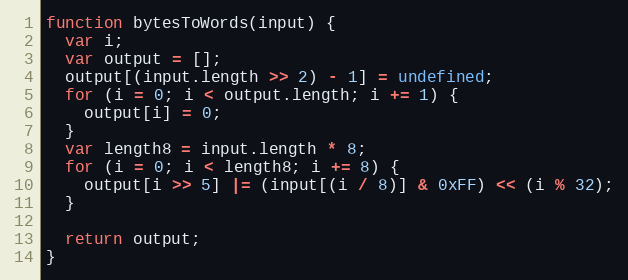
Language: JavaScript
function bytesToWords(input) {
  var i;
  var output = [];
  output[(input.length >> 2) - 1] = undefined;
  for (i = 0; i < output.length; i += 1) {
    output[i] = 0;
  }
  var length8 = input.length * 8;
  for (i = 0; i < length8; i += 8) {
    output[i >> 5] |= (input[(i / 8)] & 0xFF) << (i % 32);
  }

  return output;
}